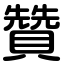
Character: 贊